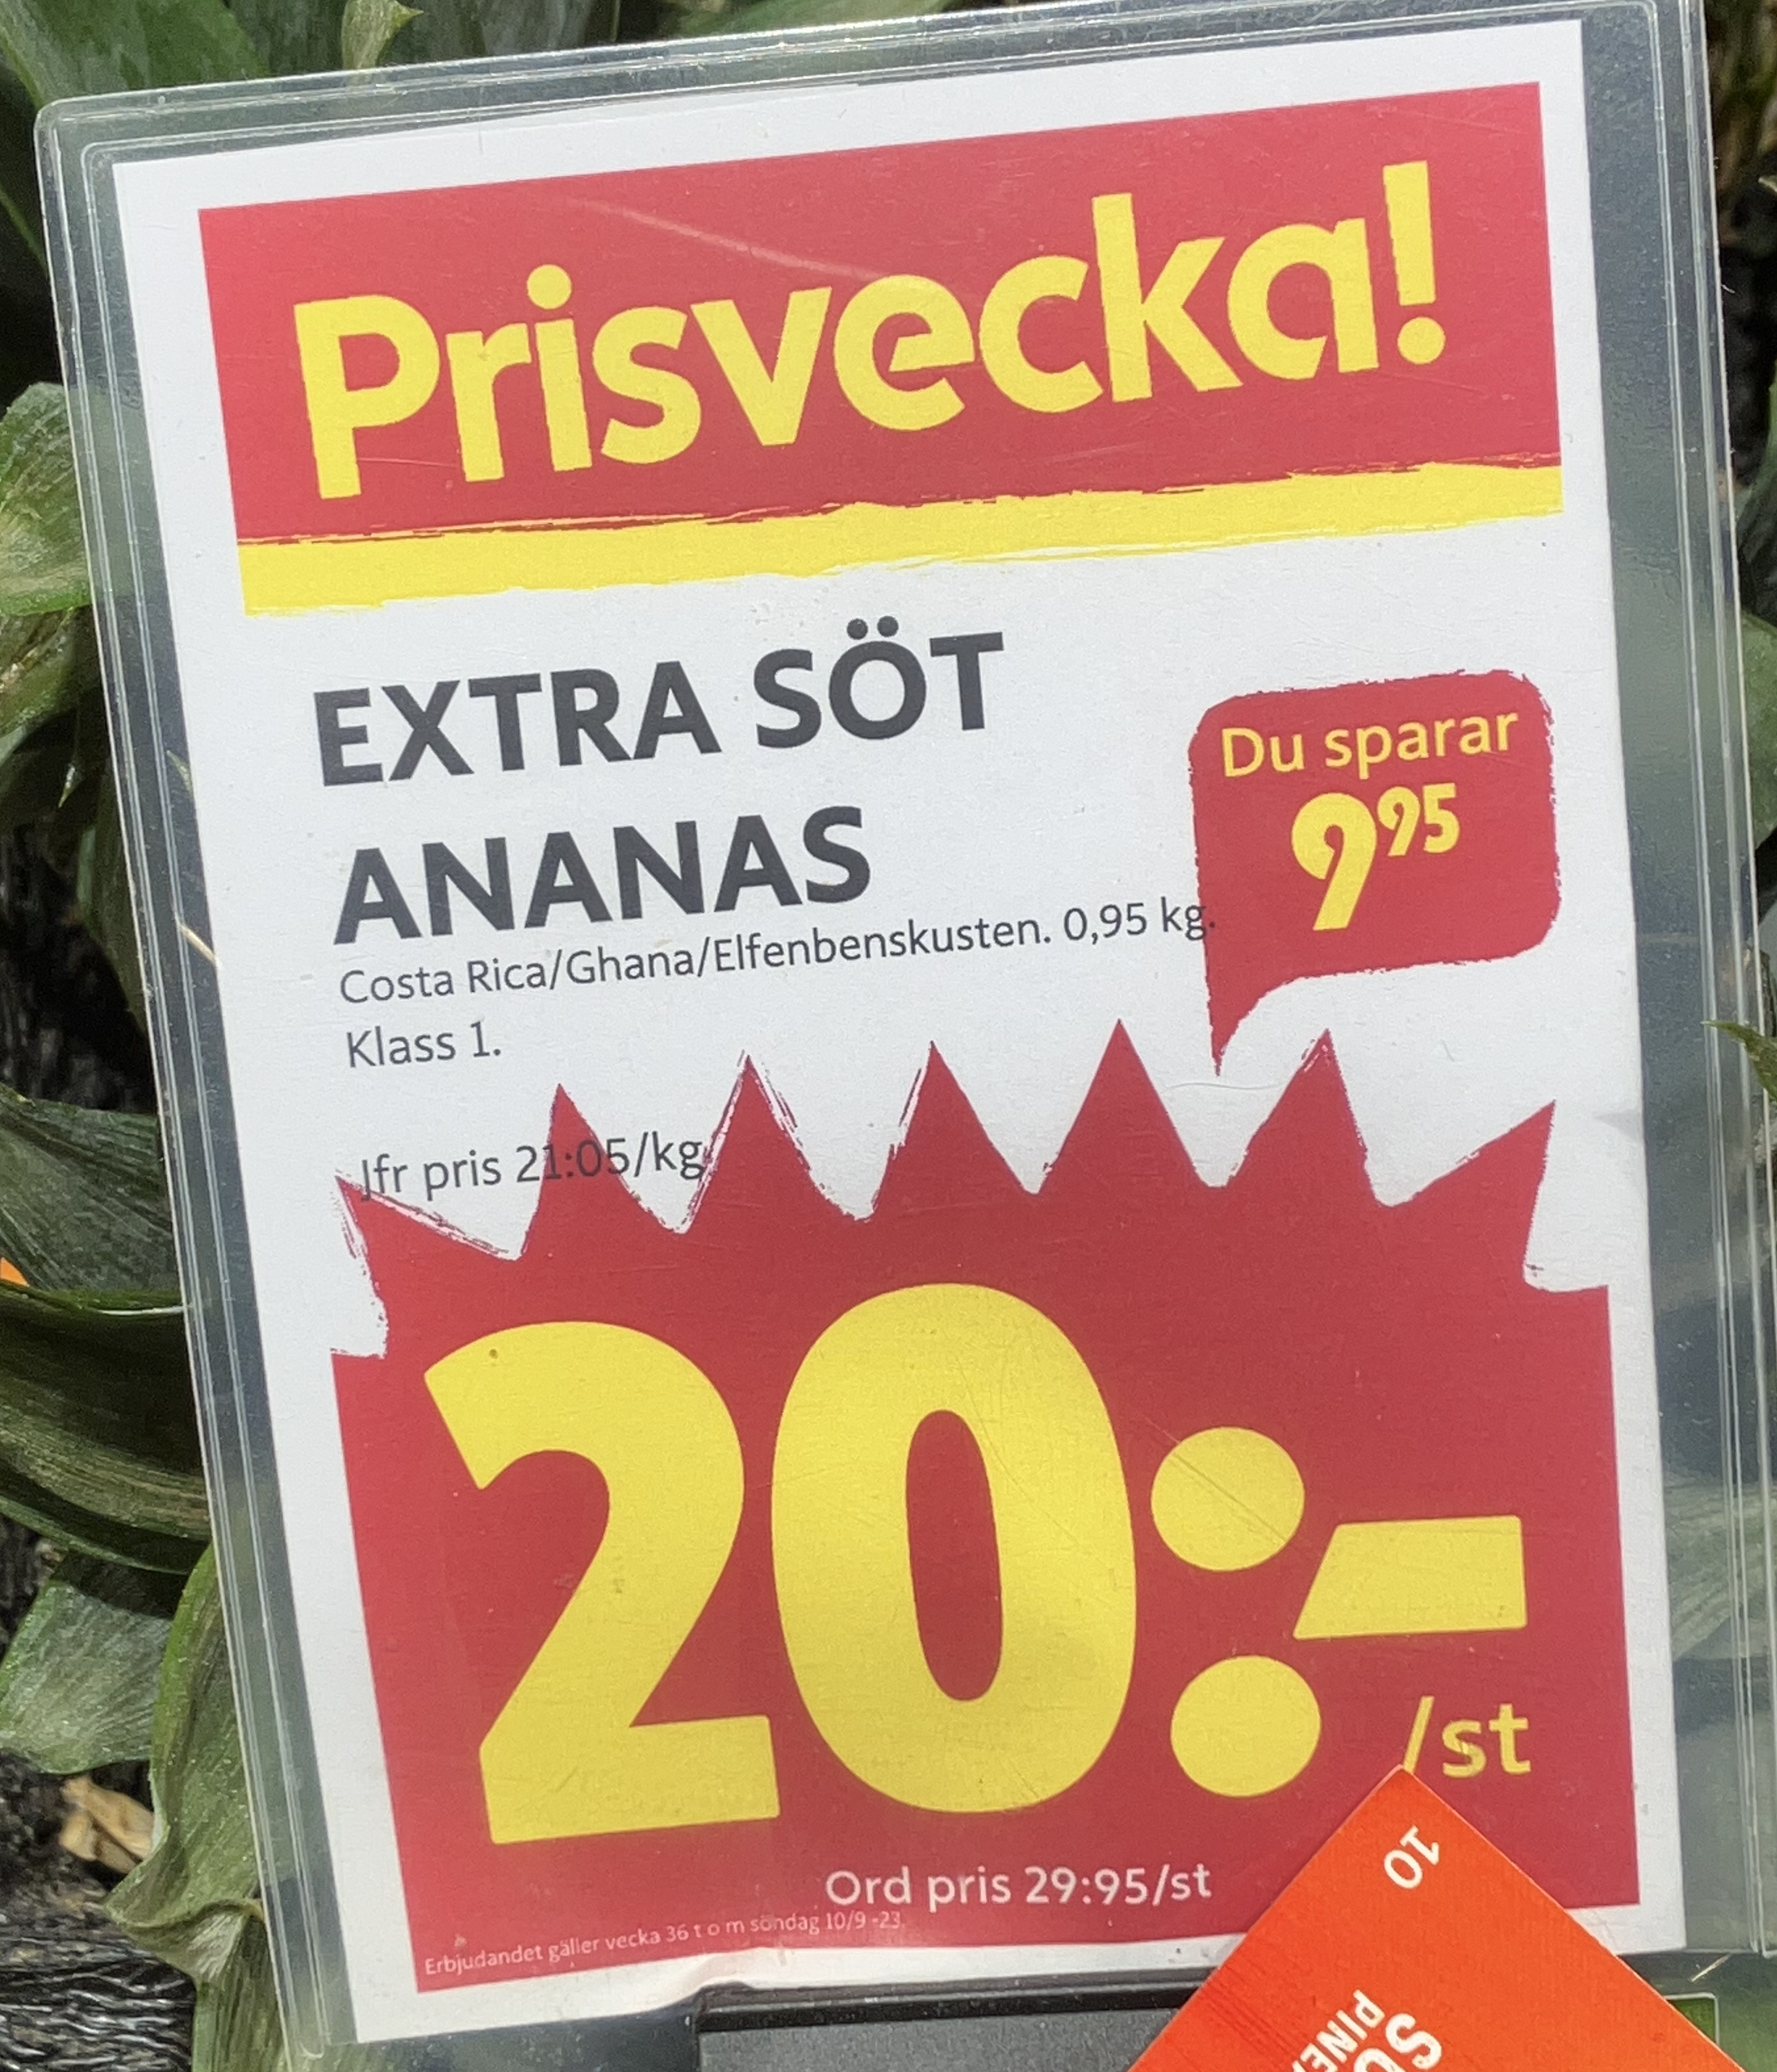
Vara: Extra söt ananas
Genomsnittspris: 29.95 per st